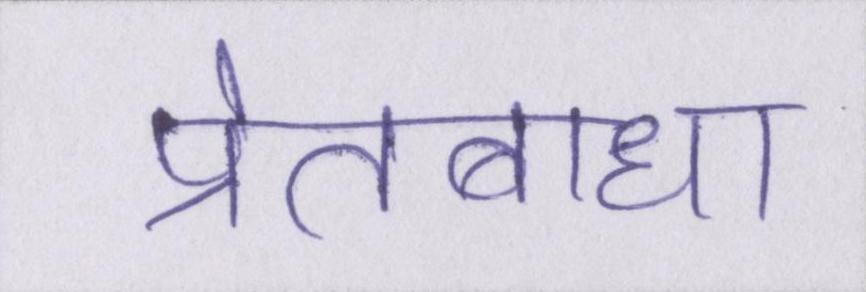
प्रेतबाधा